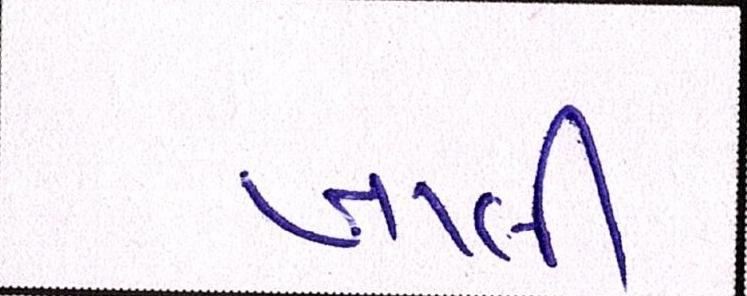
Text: ખાલી